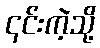
၎င်းကဲ့သို့